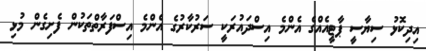
އިދިކޮޅު ސިޔާސީ ޕާޓީއެއްގެ އެންމެ އިސްދައުރަކީ ސަރުކާރުގެ އެންމެ އިސްފަރާތްތަކުން ފެށިގެން މުޅި